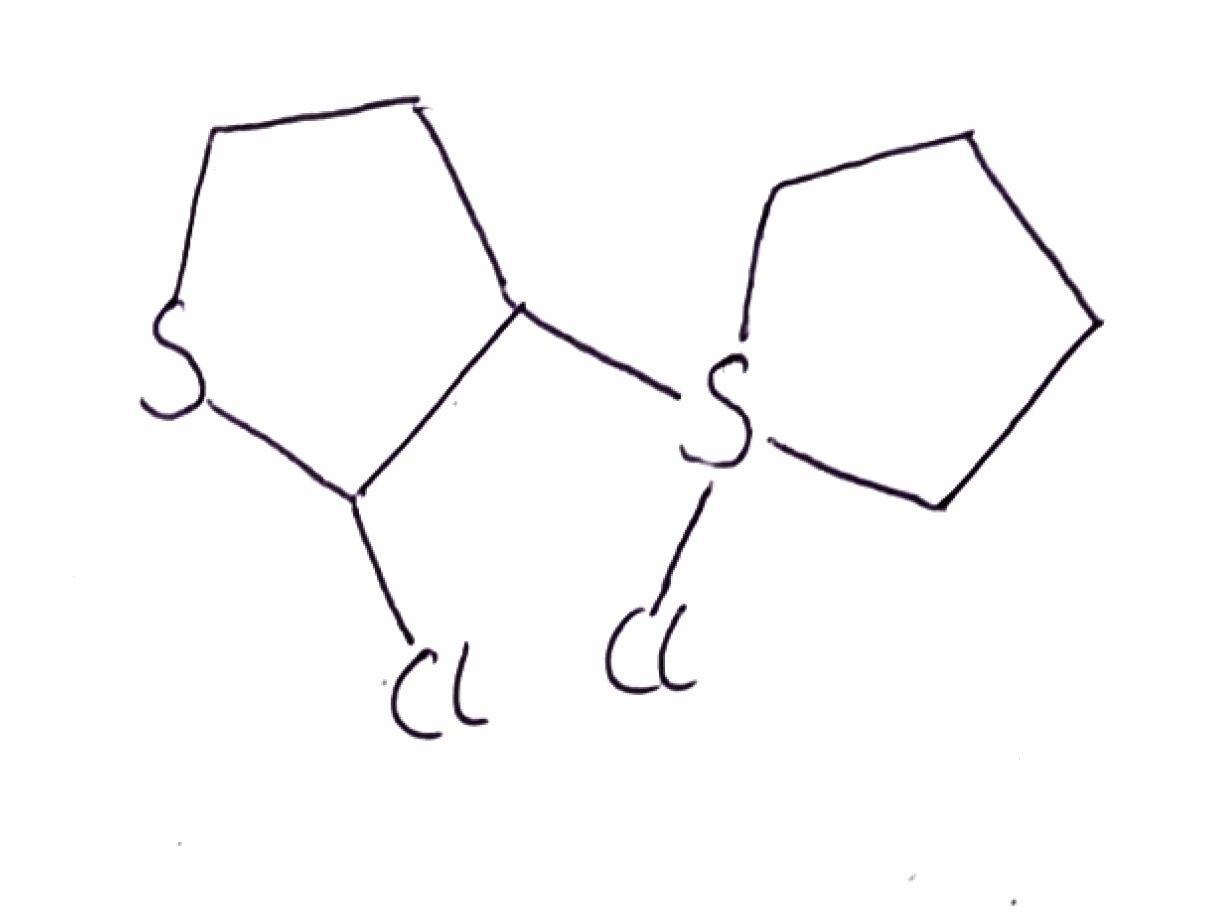
Simplified molecular-input line-entry system (SMILES) notation of the given molecule:
C1CCS(C1)(C2CCSC2Cl)Cl